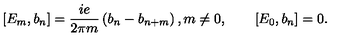
[ E _ { m } , b _ { n } ] = \frac { i e } { 2 \pi m } \left( b _ { n } - b _ { n + m } \right) , m \neq 0 , \qquad [ E _ { 0 } , b _ { n } ] = 0 .